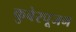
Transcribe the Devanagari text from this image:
कुबेरपूजन